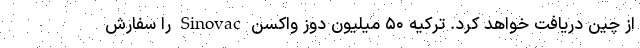
از چین دریافت خواهد کرد. ترکیه ۵۰ میلیون دوز واکسن Sinovac را سفارش